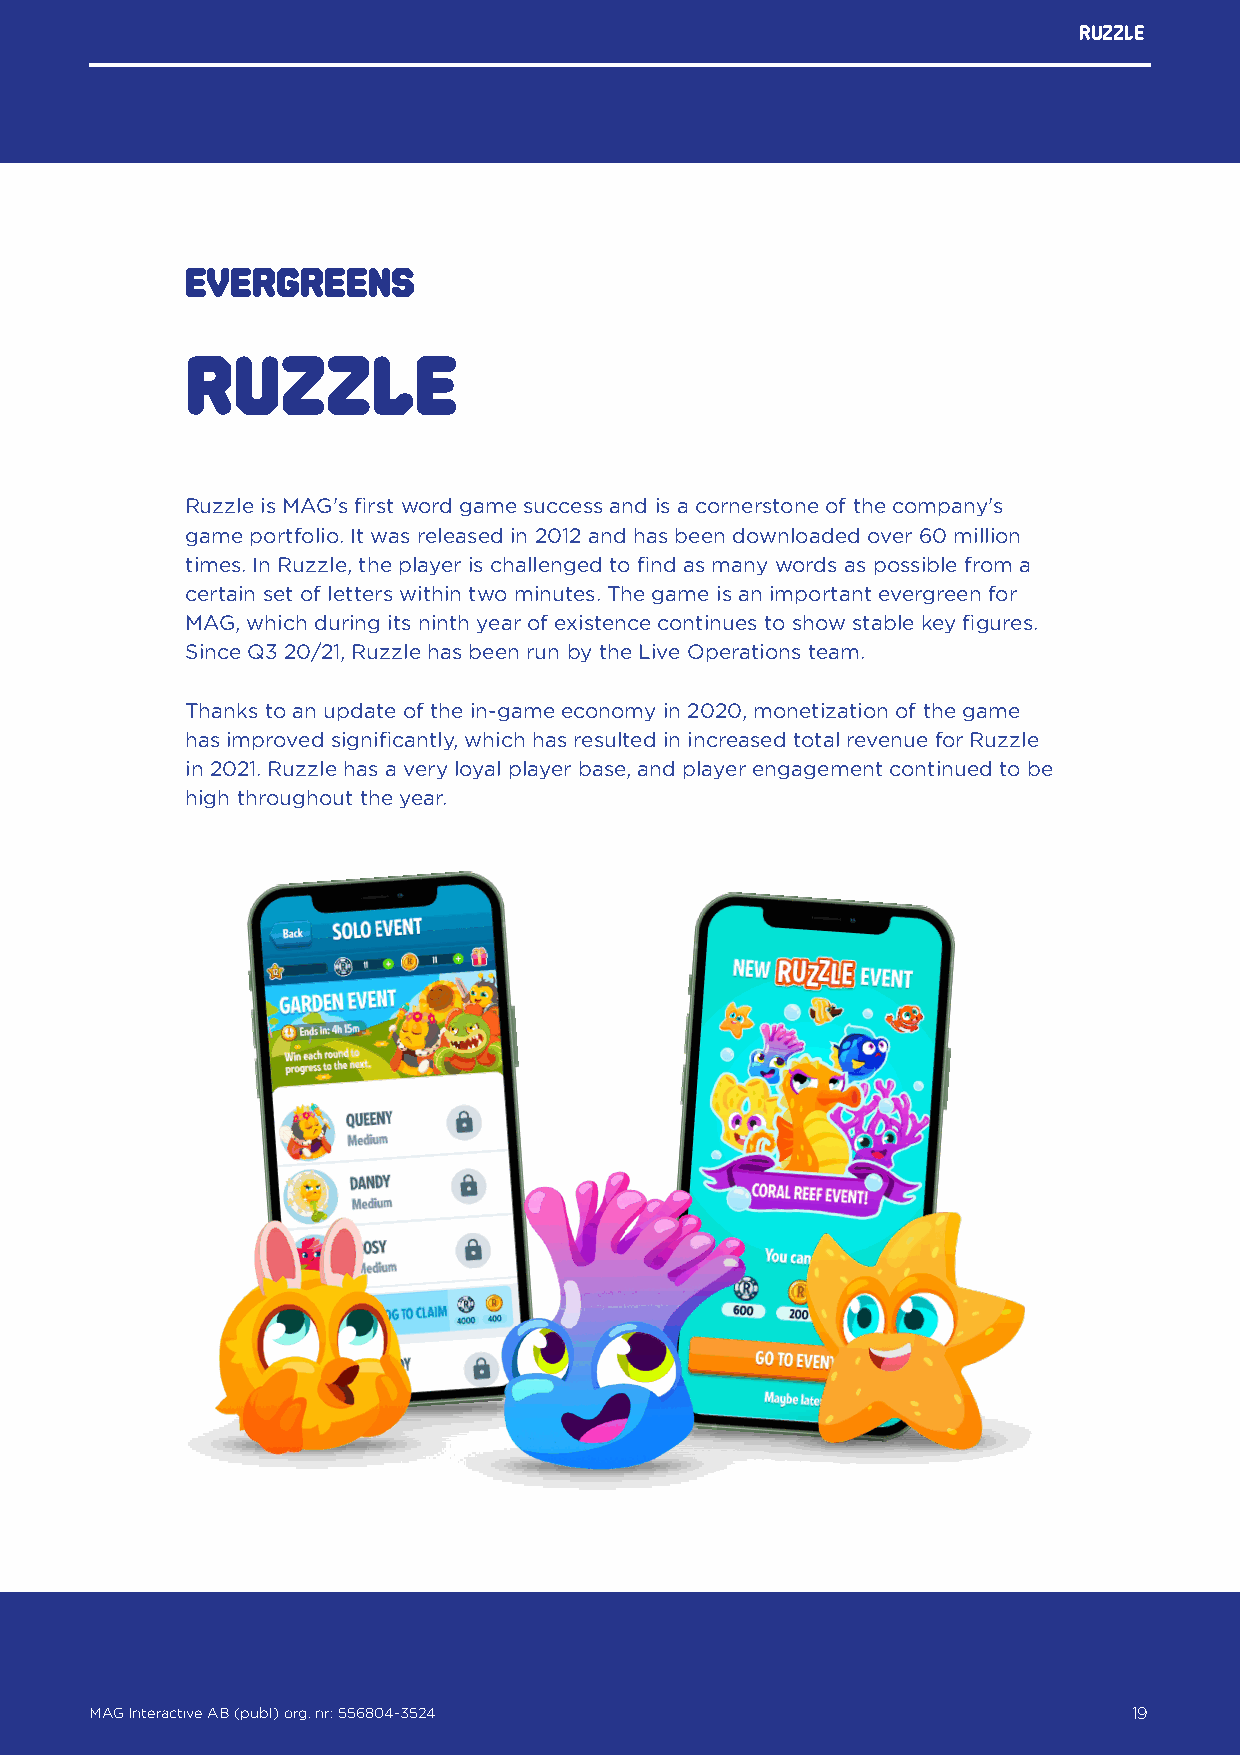
Ruzzle
 EVERGREENS
 Ruzzle
 Ruzzle is MAG's first word game success and is a cornerstone of the company's
 game portfolio. It was released in 2012 and has been downloaded over 60 million
 times. In Ruzzle, the player is challenged to find as many words as possible from a
 certain set of letters within two minutes. The game is an important evergreen for
 MAG, which during its ninth year of existence continues to show stable key figures.
 Since Q3 20/21, Ruzzle has been run by the Live Operations team.
 Thanks to an update of the in-game economy in 2020, monetization of the game
 has improved significantly, which has resulted in increased total revenue for Ruzzle
 in 2021. Ruzzle has a very loyal player base, and player engagement continued to be
 high throughout the year.
 MAG Interactive AB (publ) org. nr: 556804-3524                   19
 MAG Interactive AB (publ) org. nr: 556804-3524                       19